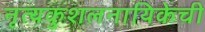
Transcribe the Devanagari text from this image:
नृत्यकुशलनायिकेची